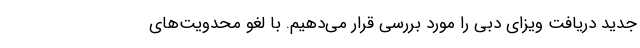
جدید دریافت ویزای دبی را مورد بررسی قرار می‌دهیم. با لغو محدویت‌های